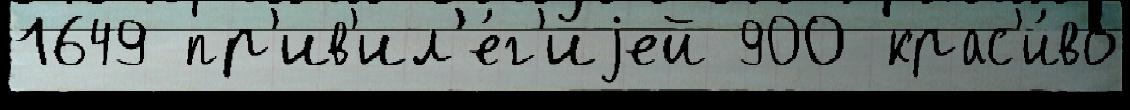
1649 пр'ив'ил'е́г'иjей 900 крас'и́во